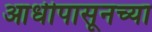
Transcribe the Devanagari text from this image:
आधीपासूनच्या